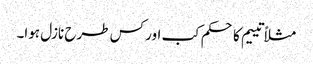
مثلاً تییم کا حکم کب اور کس طرح نازل ہوا۔